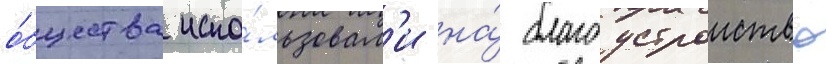
о́бщества испо́льзовал'и на́ благоустроиство